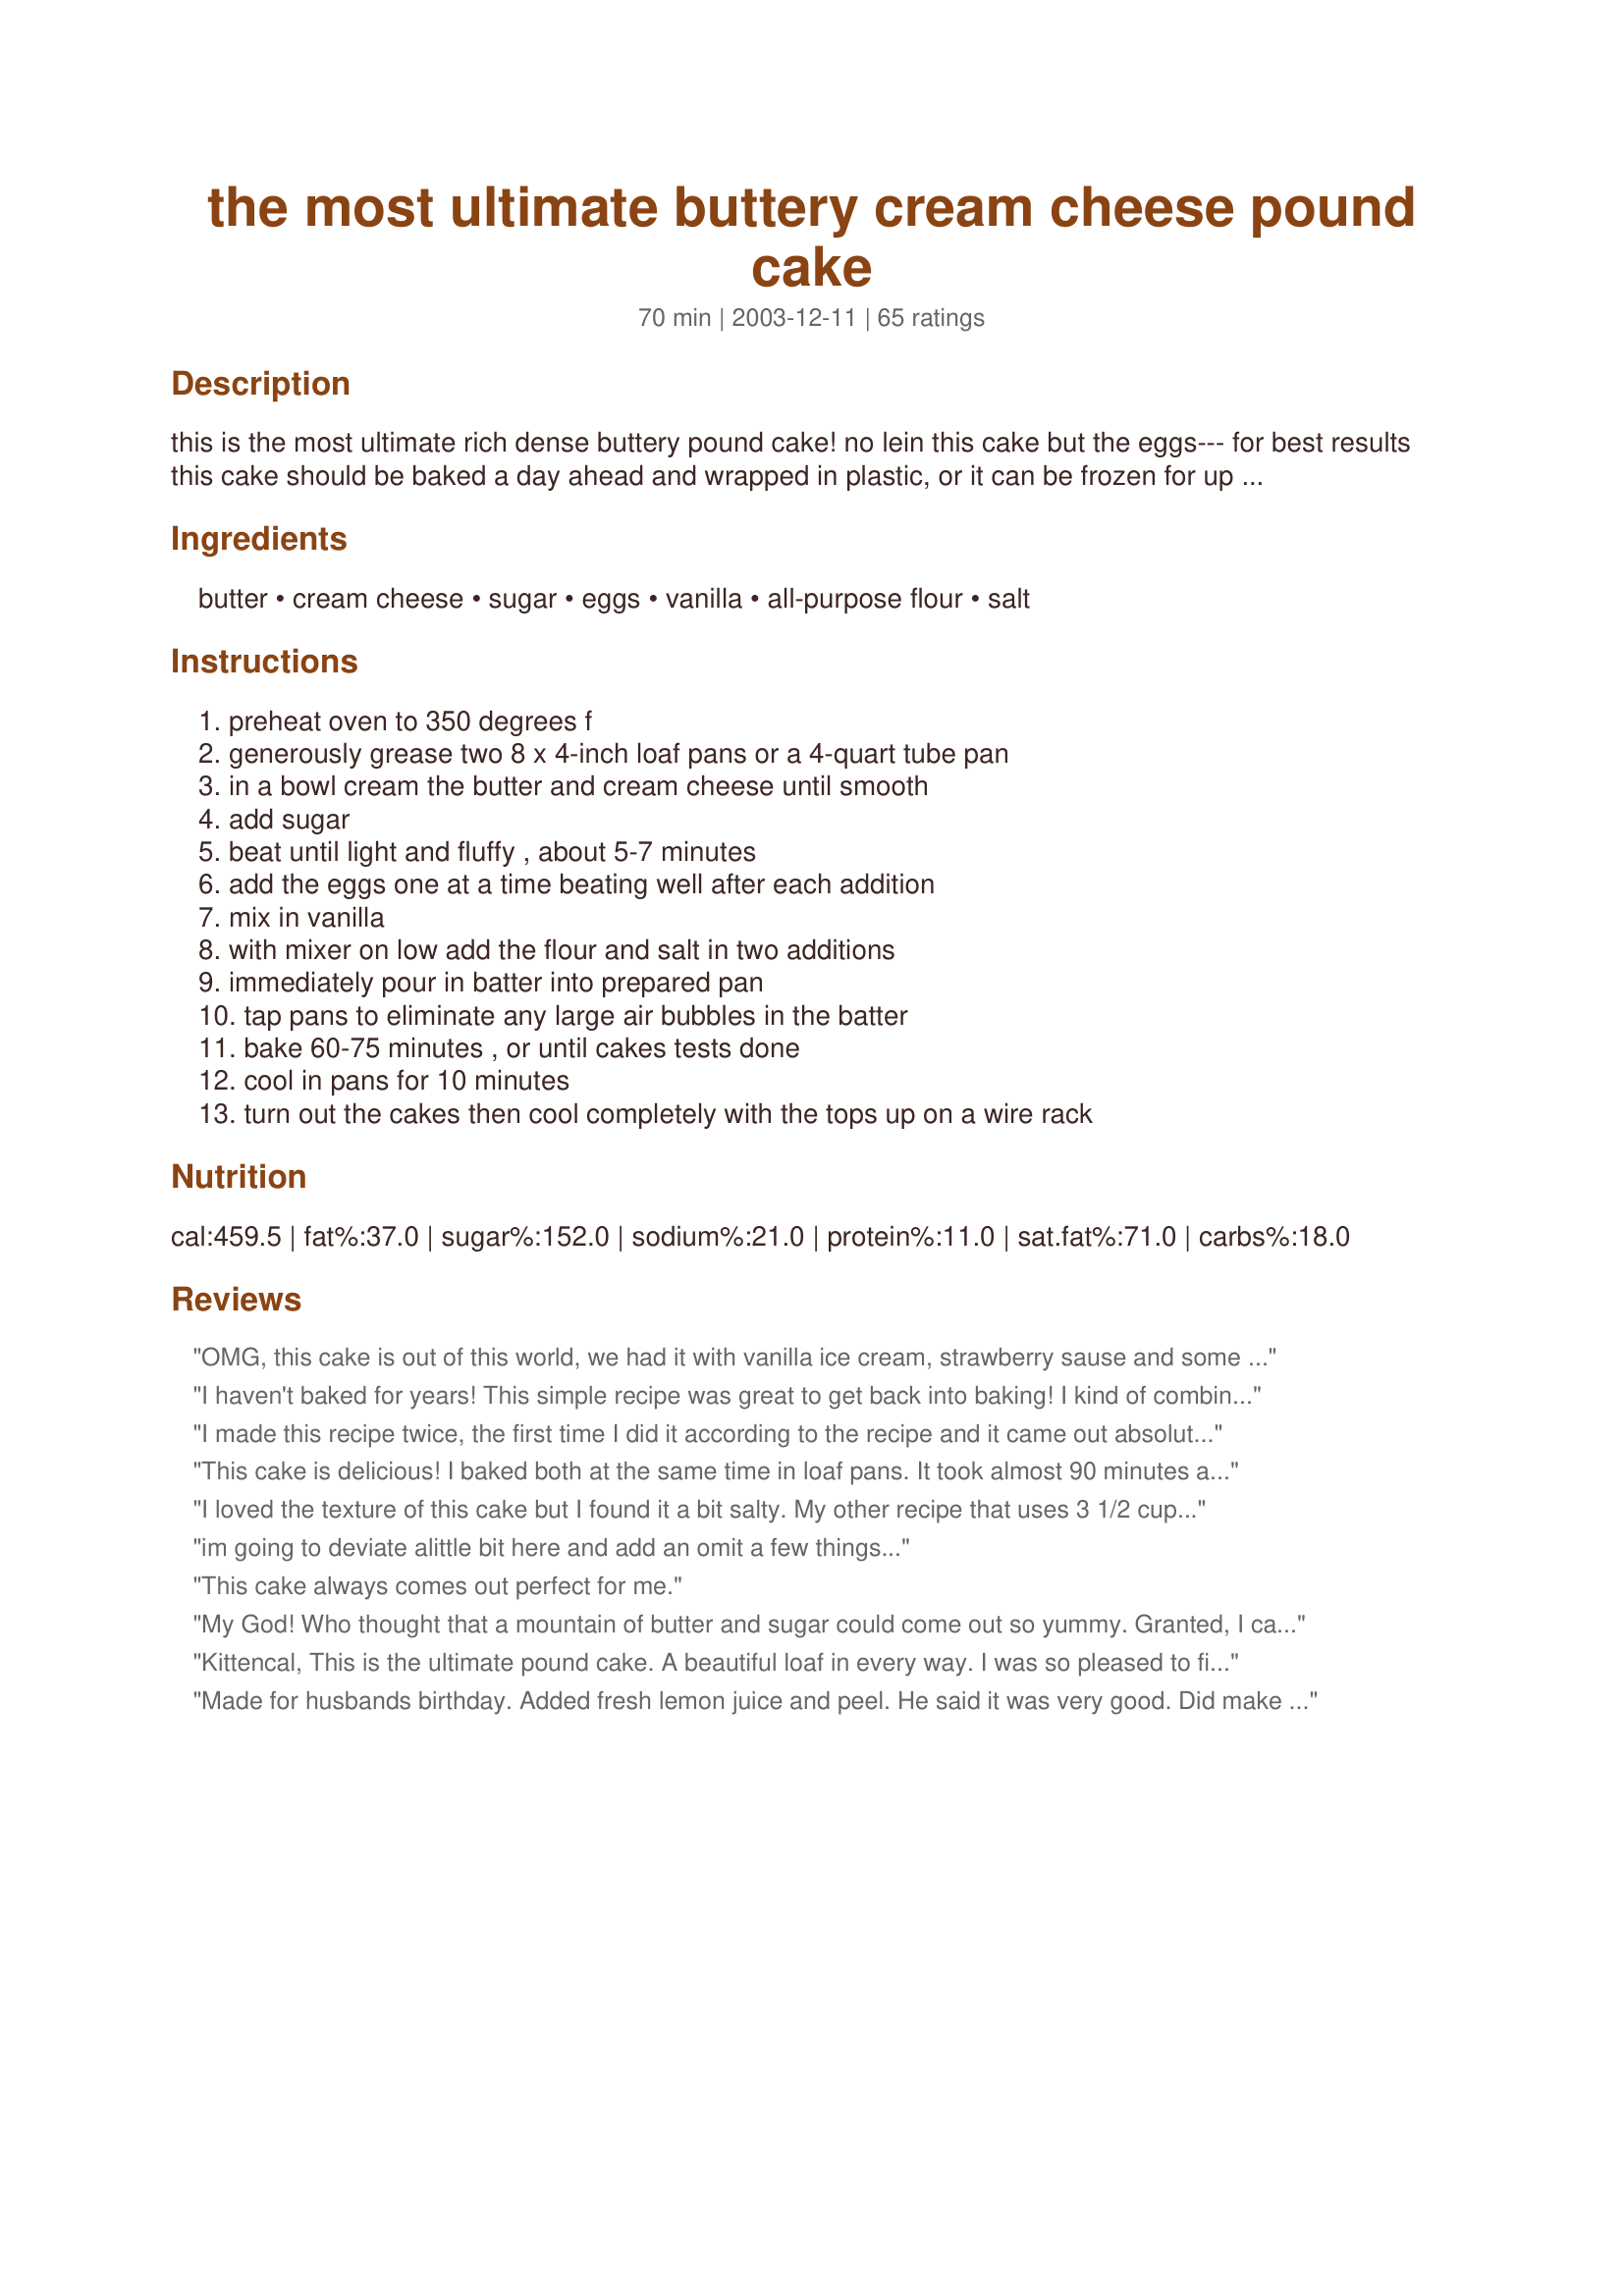
the most ultimate buttery cream cheese pound cake
Preparation time: 70 minutes

this is the most ultimate rich dense buttery pound cake! no lein this cake but the eggs--- for best results this cake should be baked a day ahead and wrapped in plastic, or it can be frozen for up to 3 months, servings is of coarse estimated --- this is wonderful served with a blueberry or strawberry sauce :)

Ingredients:
butter, cream cheese, sugar, eggs, vanilla, all-purpose flour, salt

Steps:
preheat oven to 350 degrees f, generously grease two 8 x 4-inch loaf pans or a 4-quart tube pan, in a bowl cream the butter and cream cheese until smooth, add sugar, beat until light and fluffy , about 5-7 minutes, add the eggs one at a time beating well after each addition, mix in vanilla, with mixer on low add the flour and salt in two additions, immediately pour in batter into prepared pan, tap pans to eliminate any large air bubbles in the batter, bake 60-75 minutes , or until cakes tests done, cool in pans for 10 minutes, turn out the cakes then cool completely with the tops up on a wire rack

Reviews:
OMG, this cake is out of this world, we had it with vanilla ice cream, strawberry sause and some whipped cream, i cant believe how creamy and smooth the texture is, i absolutly love this pound cake!!!!!!!!!
I haven't baked for years! This simple recipe was great to get back into baking! I kind of combined this one with another recipe using powdered sugar and used less flour than in the recipe and forgot the salt but it still came out lovely and buttery. It was very dense but still soft, even the next day. Will definitely make again! Thanks for the recipe!
I made this recipe twice, the first time I did it according to the recipe and it came out absolutely perfect! The second time I made it I substituted the vanilla extract with lemon extract, and I also did a lemon glaze drizzle. I may never use another pound cake recipe again this one is excellent just as it is
This cake is delicious! I baked both at the same time in loaf pans. It took almost 90 minutes and the outer edges that were in the pan were over browned. Will try tube pan next time or bake one at a time. The edges were easily cut off. My daughter cut into it warm as she couldn't wait! We served it with a fresh warm rhubarb sauce!!!! Wonderful!!!!!
I loved the texture of this cake but I found it a bit salty. My other recipe that uses 3 1/2 cups of flour only calls for 1/4 tsp. of salt. I'm wondering if the 2 tsp. of salt should have been 1/2 tsp? I will try again with less salt. Thanks, Kitten!
im going to deviate alittle bit here and add an omit a few things...
This cake always comes out perfect for me.
My God!

Who thought that a mountain of butter and sugar could come out so yummy. Granted, I can only eat tiny slices at a time. Damn. Good.
Kittencal, This is the ultimate pound cake. A beautiful loaf in every way. I was so pleased to find this recipe as it is almost the flavor that I remember at Gramma's house many many years ago. (However she did not have the creamcheese). I did bake it for the full 70 mimutes and placing a tent foil over at about 55 minutes. So quick to mix up in the kitchenaid. Look forward to serving it with a sauce. Just another of your wonderful recipes. Thanks for sharing.
Made for husbands birthday. Added fresh lemon juice and peel. He said it was very good. Did make a day before so the flavors would ripen. Will be making again.
I made this last night for my Mom. I mostly followed the recipe except I added 1/4 tsp more vanilla and reduced the salt to 3/4 tsp versus the 2 tsp called for. I used 2 8x4 loaf pans and greased with coconut oil. Following other reviewers tips, I set the oven for 325&deg;F and tented with foil at 55 minutes. They weren't cooked all the way at 70 minutes, but an extra 15 minutes did the trick. Next time, I will reduce the sugar as Mom said it'd probably still be good with just 2 cups.
Turned out awesome ! I made a berry sauce put on top they loved it .I used salted butter only add one teaspoon salt and two tablespoon buttermilk.
This is truly the ultimate pound cake! I made it to take to a X-Mas Day Open House hosted by my SIL & BIL & added 1 cup choc chips as a kid-pleaser. Did not have 2 loaf pans, so made 1 loaf & the rest in my mini-bundt baking forms & the kids loved their individual cakes! Thx for posting this spec recipe for us. Yum!
Just made this cake and it turned out great. However I used only 1 teaspoon of salt. Planning on making it again for family on Christmas.
Ah, Kittencal, you've done it again! This was delicious and buttery and SUPER rich. Sending the rest with my husband to work so it doesn't sit around the house and tempt me :)
Delicious, Moist, flavorful and epitomizes Southern Comfort food! It will make wonderful welcome gift or any kind of special baked good gift
This is so good you want to make another one right away, thanks for posting this. Virginia
I can not believe how bad this cake turned out! It was actually tough! Never had a tough cake before! It was also tasteless and I even put extra Vanilla in it because the batter was basically tasteless! I made this in a Bunt cake pan and it did not bake throughout! The center from about 1 inch around the tube was gooey and not baked well, even after I had to bake it an hour and a half! This. Cake just would not get done! I have baked dozens of pound cakes because that's what my family likes best, but this was the worst! I knew enough to not put 2 teaspoons of salt in it! That would have been really bad, so I put in a pinch. As for what went wrong with this cake, I have no idea what so ever! It was a great waist of 6 eggs, butter, sugar and flour to say the least! It turned out with a thick Chewy rubbery crust a thick rubbery inside and a half done center, with no flavor! Believe me, I'm never using this recipe again! Sorry to all, but this is what happened and how I felt about it! If you've had great luck with this...that's great!
This was a FABULOUS pound cake. I had never made pound cake before, and wanted something to serve with fresh berries and whip cream aside from the same old angel food. This fit perfectly! Super yummy. I made medium sized loaves of this and gave some to friends. They have already asked for more. Great work, Kitten! Your recipes always deliver!
The cake was moist,delicious, my family loved it.I am encouraging friends to sign up with you.
This cake did not bake properly. It was burnt on the outside and raw in the middle. I had to turn the oven off and leave the cake in there... It had barely sent... 350 is way too hot. Even 325 is way too hot. I would recommend 300... In the end it tasted good enough, but I think it could have used a bit more extract.( BTW, If you decide to use mini loaf pans, I recommend 325 for 50 minutes.) I really wanted to give this recipe five stars, but with such an incorrect baking temperature and time I don't think I can. Eventually, I'll try and make this again... But I'll be baking us at 300 next time. I'll see what happens in posting update! I really really wanted to like this. Maybe next time it'll be better.
Pound cake is our all time Favorite! I'm not sure what went wrong for me with this recipe?(Ihave baked many).I made them in 2 loaf pans, that I use all the time. I had to tent with foil after 30 minutes. It took70 minutes to get them done. Now the sides and bottom are burned. Taste is great, sweeter than my other recipe though. I'm going to trim off all the burned stuff and use it for Triffle. :-)
Very good - dense, like a pound cake should be! I used 1 t vanilla and 1 t almond extract because I love almonds. I made a fruit salad with peaches, bananas, cherries and almond extract to go with it. This ages VERY well and the next day, toasted, took it over the top. It's not super moist, but is dense. Very good cake!
My uncle (who is VERY particular about butter cakes) asked me to bake one since he's been having a craving. I've tried some other recipes which he did not like at all so when I found this, I decided to give it a go yesterday. It turned out perfectly! I didn't tell a soul there's cream cheese in the cake and everyone had no clue how this "butter cake" turned out sooo buttery and creamy. Even my uncle was very impressed that he took home a large chunk! He says that this cake tastes just like the ones at 5-star hotels (now we know their secret lol), score! Anyway, I didn't have any loaf pans so I used a 10-inch cake tin and baked it for 45 minutes extra. I also reduced the sugar to 2 cups (it still turned out sweet, but not terribly). I love this cake and yes, it is going very very VERY fast! Thank you for the most wonderful pound cake recipe in the world =)
I`m not much for Pound cake but I found this one to be very good. I made instant lemon pudding as a topping for this and very one thought I had made the best cake in the world. I did back off on the salt and the baking temp to 325 for 1 hour and 15 mins. My family just said &quot;OMG&quot; this is the best cake ever. Well this what we do. Love it.
Oh Kittencal ... you have done it yet again. I was so busy eating the pound cake that I barely bring myself put the fork down long enough to rate the recipe. 10 stars if possible!! Follow the recipe exactly as directed, particularly, be sure that after you add the sugar you beat for the 5-7 minutes as instructed. Thank you Kittencal!
Very good, rich and buttery just like pound cake should be! I made this for a brunch and served it with strawberries and fresh whipped cream...need I say more! It disappeared in record time. This is now my go-to pound cake.
This cake is more than amazing!!It's soo utterly delicious!!my boyfriend couldn't get enough of it, i caught him sneaking slices several times!!I made this exactly as directed and baked it in 2 loaf pans for about 70 mins. Absolute perfection!!
Just made this cake. Delicious flavor. Definitely needed to tent after the first 30 minutes. The top is a beautiful golden brown. The sides and bottom are over-browned bording on burnt. I cooked these in two glass loaf pans. Help anyone? I did research other, similar recipes. Many have the loaves cooking for longer in a cooler oven (between 300 and 325).
Just finished making this recipe and it turned out fantastic! My taste buds are having a party, and I suppose seconds are allowed for the Christmas season. This is how pound cake should taste. Thanks again, I plan to repeat it soon :)
Absolutely, positively AWESOME!! My husband is a chocoholic. He inhaled this pound cake! I did share with my pound cake attic friends. All rave reviews..it was the BOMB!!!! (And they will tell me if I mess up!) I have been looking for a good pound cake recipe for moons! This got 5 stars so I had to try it. I did use the recommendation of 1/2 tsp of salt and 2 Tbl of buttermilk! I also did 5 flavors! The longer it sits, the better it gets!!! Would have taken a picture but only crumbs left after 2 days!
Very fluffy and delightful! This cake was very tasty...i would recommend upping the cook time to another half hour for less gooey cake!
I made this with a stawberry sauce and vanilla ice cream. It was very creamy. The best pound cake we ever had. Thanks for all your wonderful recipes. They are so easy to follow and even I can make some very tasty and exciting things. Thanks again, Deb (Newfie Wanna Be)
I made this yesterday for a church dinner for the "Young at Heart". Since I didn't qualify age-wise to go, I didn't sample the cake, but I have to say it was the most beautiful pound cake that I have ever made. The batter was creamy (and good). I was nervous about cooking it at 350 so I lowered it to 325 and cooked for 1 1/2 hours. It seemed to be perfect. I also used cake flour. I did get some feedback at church this morning that it was great. So, I'm going to make another one so I can taste it !!
I believe WOW would be the best description for this pound cake : ) Dense, moist, rich and buttery this is a keeper of a recipe for certain. I made as directed using one 8x4" loaf pan and three mini loaves. My plan is to use part of this pound cake to create JellyQueen's Easy Cherry Dessert recipe #101472 and the combination should be awesome! Kittencal ~ you are terrific!
This cake was made for a celebration this summer and was the hit of the party. Even though there was another cake there for the party (made in a bakery with lots and loads of frosting), this is the one everyone was eating... especially the children!&lt;br/&gt;One addition to the recipe was that I added both extracts mentioned: vanilla and almond together. It does make a cake like this more flavorful.&lt;br/&gt;Thanks for a keeper!
4.5stars. I used this recipe for my marble cake (used cake mix for the chocolate part). I reduced sugar to 2.5 cups and it's still plenty sweet. However, I think using less sugar will make the cake become too dry. I also reduced salt to 1.5 tsp (in retrospect, 2 tsp as the recipe called should be fine).
Oh My God! This is truly one of the best pound cakes I have ever had! The best would be Nonnie Waller's, but this is number 2 and costs a lot less! Thank you for this wonderful recipe. I'm making another one today! This would make a wonderful gift by placing it in a fabric covered box!
This is an absolutely delicious cake! I subbed some grated lemon peel and a teaspoon of lemon extract for the flavoring and it was great. I cut down the salt because 2 tsp is way too much for our tastes...I used 1/2 tsp. From my experience, I did not feel that it was appropriate to bake the large, heavy cake at 350 for such a long time so I went down to about 325 and it came out great. I can't wait for Maine blueberry season to start up...lemon blueberry pound cake - YUM! I will be making this cake often so I appreciate the great recipe, especially the perfectly detailed instructions (pound cake is expensive to make, so I would hate to make a mixing error and ruin it!). If you are looking for THE pound cake recipe for your recipe file, this is it...the recipe is well written and you can vary the flavorings however you like.
Rated this recipe before, don't know what happened.........it was very good, very moist and texture perfect.. a tad to much salt for me and hubby, will cut bact next time.. another winner kittencal.
Reduced the sugar to 2 cups and it turned out just nice! Lovely cake, defn worth the effort! Thanks for sharing~
One of our favorites! I use a dash of salt instead of 2 tsp., bake at 315 degrees for 70 mins in my oven....perfect!
The recipe has to much salt in it .The cake was salty, wouldn&#039;t release from cake pan and the cake was very heavy. Trash can it went.
First of all I would Luminate the glass dish the center looks like it's soggy or hard perhaps you over beat and left it in the oven too long
WOW! Another great recipe Kittencal!!! Thank you. I followed the directions as best I could, couldn't get all the sugar to dissolve and got worried about the consistency so I just moved ahead. Used a tube pan so it took exactly 75 minutes to bake. I know you said it's best to wait but I couldn't, it smelled and looked so good. I know now why I needed to wait, but it was still EXCELLENT!! My hubby couldn't wait either, pound cake is his fave, and he loved it. Again thank you for sharing it was delicious, as expected!!!!
I'm just adding to the chorus. This is a lovely, lovely cake. I used the almond extract alternative and then glazed the cake with an almond glaze. Beautiful to look at and wonderful to eat. Thanks for a great recipe!
This is an old recipe that I have been baking for decades.

Unfortunately, everything is right except the amount of salt!

I use a "dash" of salt, not 2 tsp. I can't imagine what it tastes like with that much salt!

Also, 350 it too fast to bake this cake. 300-325 is best.

Other than the above comments, it is a very delicious cake, and you can have fun with adding any flavorings you would like.

Wrap your pound cake in a cotton towel and place in the frig overnight and bring to room temp before serving. The cake is even better by the third day If it last that long!
I am, at this very moment, sitting here eating the most wonderful cream cheese pound cake ever. I made this, exactly at directed and would recommend this cake to everyone. Baked in a large bundt pan, and had to add bake 85 minutes in my oven.
I cut the recipe in half as I only had one loaf pan. Baked it at temperature suggested for 60 mins, toothpick came out clean. Good flavor but the cake didn't rise as pictured at all. It was just about 1.5 inch tall and was very hard. What did I do wrong?
No milk? Is the salt amount wrong?
Excellent pound cake recipe! I did have to extend the cooking time quite a bit but it was so worth it. Thank you.
Very easy and TASTY dish. This was my first time baking from scratch and it came out perfectly. My brother, who doesn't like much, asks for this every weekend that I see him. Perfect for use with Fondant. Received many compliments and requests for this cake. Thanks for this recipe.
Delicious! This was my first pound cake. I made it, upon request from my mother-in-law, and everyone loved it. Even my husband had a second helping and he is not big on sweets. Thanks for the recipe...I will definitely make it again!
Great recipe. I use 2 (7x3) loaf pan and 12 muffins for the entire recipe. Make sure to grease the pans well for mine didn't come out in one piece. Nice light texture (not dense)
This is the best recipe I have ever used. Is a little bit of work but well worth it. Everyone in the family loved it, will warn you, it evaporates fast!!!!!!!!
And here's another 5 stars to add to the collection! I also used almond extract. I made 2 loaves on Monday and there's enough left for tonight to fight over with strawberries and cream on it! We also toast in in the morning and eat it with butter on it. Awesome!
Update-I felt the need to make another one! Very rare I make the same cake 2 times in a row. To me that says something. Great recipe!
My family would give you a lot more than 5 stars if we could! This cake came out absolutely perfect!!! 
I admit I made one change ... but only out of necessity ... I used 1 cup real butter and 1/2 cup margarine because I only had 2 sticks of butter left. I can't imagine the cake having been any better even if I had used only real butter.
Btw, your extra tip regarding not leaving any sugar granules was great for me. When I read recipes that said "until fluffy" ... well that is rather generic imho. You took it a step further in letting us know how long (5-7 minutes) and how the texture should be (no granules). Thank you so much for that!
I have never had a poundcake with a better flavor, better texture, etc. than this one!

Oh yeah ... there is only one bad thing about your recipes .... Dad went to the doctor yesterday and found he has gained 9 pounds in one month! YIKES!!!
Very good!
Well - this is one delicious pound cake - best tasting pound cake I've had. Beware - don't under bake it. I live at 6500 feet and I baked it for an hour in a convection oven. The crust looked perfect, but the cake was still gooey in the middle. But that didn't stop the whole family from chowing down on warm gooey pound cake. Deee-licious!
WOW!!!! 10 stars!!! THIS is too wonderful!! I will be making this again often!!! Thanks for a great great recipe!!
I&#039;ve made this cake for my family several times and they loooovee it.....
Also I&#039;ve made money baking this for the holidays for many ppl,...
Ok, I really wish I was not on a diet right now.I made the cake for my DH and DS's. I tasted only a little bit and oh my goodness yuuuummmy!. I will be making this again and agian. I took the foil tent off to soon, but that's ok. Thank you for helping a girl with her first pound cake.
This cake is very good. I served it with mashed strawberries, the good kind you pick in the summer, in big open fields.I used a round pan and it cooked over 90 minutes.
 I do find that it dries out quite quickly.My husband ate his with homemade jam tonight.
Only used 1 tsp.salt, 1 tsp. Vanilla and 1 tsp. Lemon extract. And backed at 325 degrees, for 1 hr. And 40 min. DELICOUS
I really don't know what happened to this cake. It wanted to fall apart. I made it in a bundt pan, maybe that's why. Anyway, it's kinda expensive to make so don't know if I will again. Thanks Kitten, I love your recipes.
